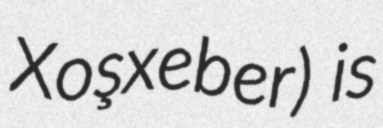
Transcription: Xoşxeber) is